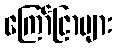
ကြော်ငြာများ